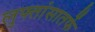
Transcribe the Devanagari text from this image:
लुफ्तांसातर्फे